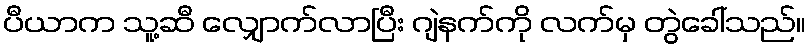
ပီယာက သူ့ဆီ လျှောက်လာပြီး ဂျဲနက်ကို လက်မှ တွဲခေါ်သည်။